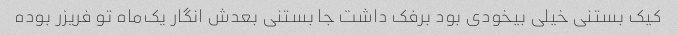
کیک بستنی خیلی بیخودی بود برفک داشت جا بستنی بعدش انگار یک‌ماه تو فریزر بوده